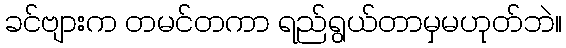
ခင်ဗျားက တမင်တကာ ရည်ရွယ်တာမှမဟုတ်ဘဲ။